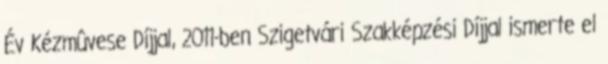
Év Kézmûvese Díjjal, 2011-ben Szigetvári Szakképzési Díjjal ismerte el